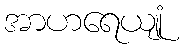
အာဟရေယျုံ